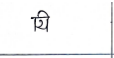
मजकूर: यि